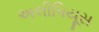
અલીપિયૂસ